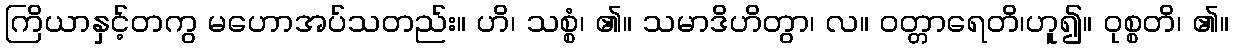
ကြိယာနှင့်တကွ မဟောအပ်သတည်း။ ဟိ၊ သစ္စံ၊ ၏။ သမာဒိဟိတွာ၊ လ။ ဝတ္တာရေတိ၊ဟူ၍။ ဝုစ္စတိ၊ ၏။